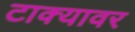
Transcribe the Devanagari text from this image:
टाक्यावर